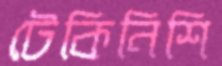
টেকিনিশি